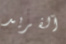
آلفريد